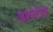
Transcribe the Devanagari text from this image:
उल्टंच